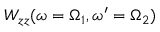
W _ { z z } ( \omega = \Omega _ { 1 } , \omega ^ { \prime } = \Omega _ { 2 } )